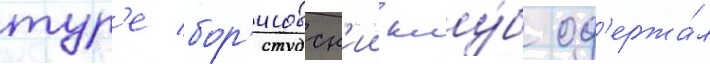
тур'е бор'исовск'ии клу́б од'ержа́л